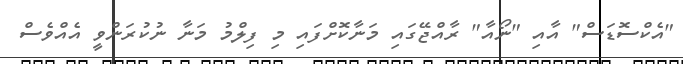
"އެކްސޮޑަސް" އާއި "ނޯއާ" ރާއްޖޭގައި މަނާކޮށްފައި މި ފިލްމު މަނާ ނުކުރަންވީ އެއްވެސް